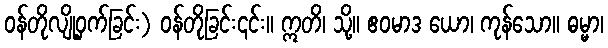
ဝန်တိုလျို့ဝှက်ခြင်း) ဝန်တိုခြင်း၎င်း။ ဣတိ၊ သို့။ ဧဝမာဒ ယော၊ ကုန်သော။ ဓမ္မာ၊